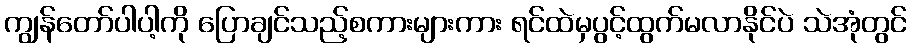
ကျွန်တော်ပါပါ့ကို ပြောချင်သည့်စကားများကား ရင်ထဲမှပွင့်ထွက်မလာနိုင်ပဲ သဲအုံတွင်